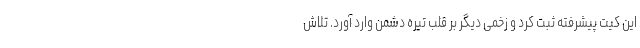
این کیت پیشرفته ثبت کرد و زخمی دیگر بر قلب تیره دشمن وارد آورد. تلاش